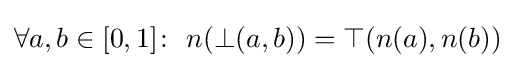
\forall a,b\in [0,1]\colon \ n({\perp }(a,b))=\top (n(a),n(b))